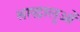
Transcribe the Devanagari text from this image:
श्राद्धालुओं